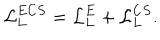
LaTeX: { \cal L } _ { L } ^ { E C S } = { \cal L } _ { L } ^ { E } + { \cal L } _ { L } ^ { C S } .